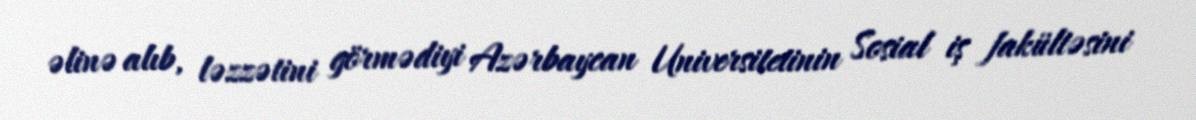
əlinə alıb, ləzzətini görmədiyi Azərbaycan Universitetinin Sosial iş fakültəsini